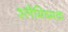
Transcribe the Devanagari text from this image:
श्लैमिष्मक